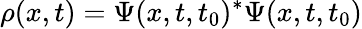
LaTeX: \rho(x,t)=\Psi(x,t,t_{0})^{*}\Psi(x,t,t_{0})